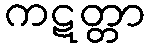
ကဋတ္တာ